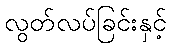
လွတ်လပ်ခြင်းနှင့်